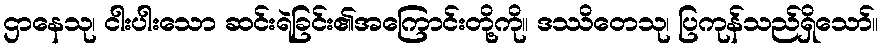
ဌာနေသု၊ ငါးပါးသော ဆင်းရဲခြင်း၏အကြောင်းတို့ကို။ ဒဿိတေသု၊ ပြကုန်သည်ရှိသော်။